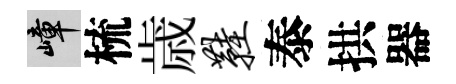
嶂梳歳鞋泰拱器